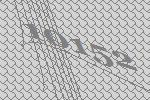
10152